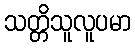
သတ္တိသူလူပမာ